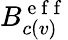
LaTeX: B_{c(v)}^{\mathrm{~e~f~f~}}